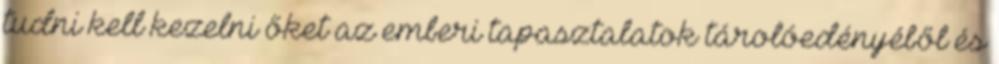
tudni kell kezelni őket az emberi tapasztalatok tárolóedényéből és